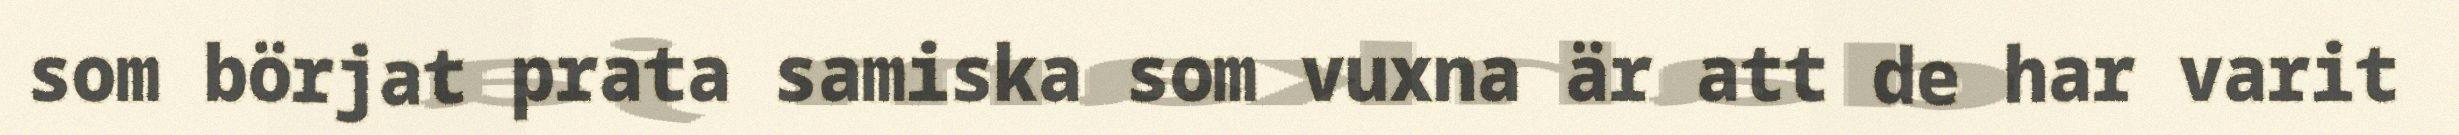
som börjat prata samiska som vuxna är att de har varit